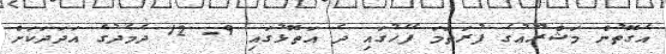
އެގޮތުން މަޝްރޫއުގެ ފުރަތަމަ ފޭހުގައި ދެ އަތޮޅުގައި 9- 12 ދެމެދުގެ އަދަދަކަށް